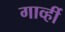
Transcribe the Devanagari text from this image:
गार्व्ही